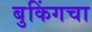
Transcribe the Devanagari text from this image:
बुकिंगचा